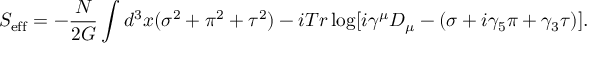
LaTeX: S _ { \mathrm { e f f } } = - \frac { N } { 2 G } \int d ^ { 3 } x ( \sigma ^ { 2 } + \pi ^ { 2 } + \tau ^ { 2 } ) - i T r \log [ i \gamma ^ { \mu } D _ { \mu } - ( \sigma + i \gamma _ { 5 } \pi + \gamma _ { 3 } \tau ) ] .